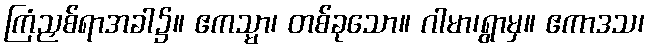
ကြံညှစ်ရာအခါ၌။ ဧကသ္မာ၊ တစ်ခုသော။ ဂါမာ၊ရွာမှ။ ဧကာဒသ၊